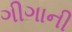
ગીગાની